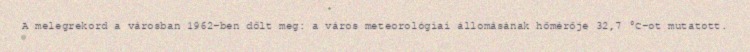
A melegrekord a városban 1962-ben dőlt meg: a város meteorológiai állomásának hőmérője 32,7 °C-ot mutatott.